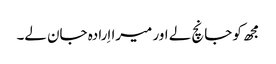
مجھ کو جانچ لے اور میرا اِرادہ جان لے۔